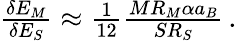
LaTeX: \begin{array}{r}{\frac{\delta E_{M}}{\delta E_{S}}\approx\frac{1}{12}\frac{MR_{M}\alpha a_{B}}{SR_{S}}\, .}\end{array}